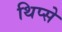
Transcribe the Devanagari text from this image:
थिप्से